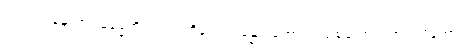
ငါးပါးကုန်သော။ ဓမ္မေဟိ၊ တရားတို့နှင့်။ သမန္နာဂတော၊ ပြည့်စုံသော။ အာဝါသိကော၊